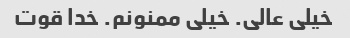
خیلی عالی. خیلی ممنونم. خدا قوت